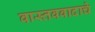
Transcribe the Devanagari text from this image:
वास्तववादाचे